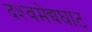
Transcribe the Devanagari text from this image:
दश्‍वमेद्यघाट